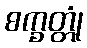
စက္ခတ္တုံ